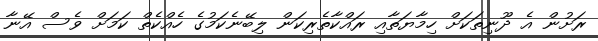
ރަށުން އެ ދޫނިތަކަށް ހިމާޔަތާއި ރައްކާތެރިކަން ލިބޭނެކަމުގެ ހެއްކެތް ކަމަށް ވެސް އޭނާ